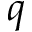
q